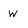
Character: w